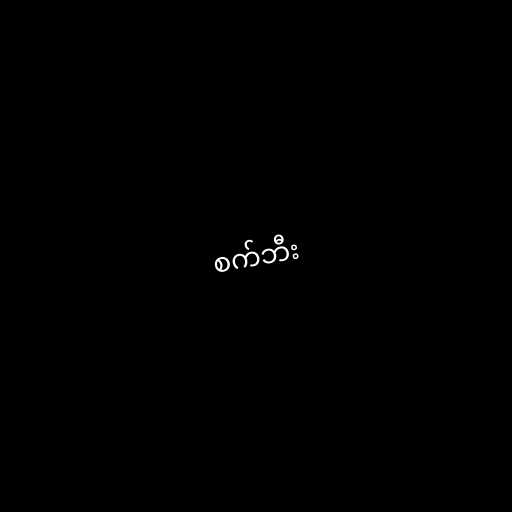
စက်ဘီး